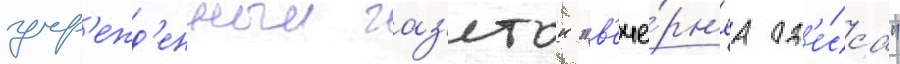
учр'ежд'енныи газ'етои "в'ече́рн'яа од'е́сса"